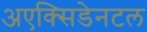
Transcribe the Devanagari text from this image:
अएक्सिडेनटल